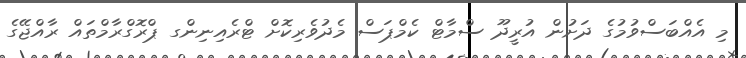
މި އެއްބަސްވުމުގެ ދަށުން އުރީދޫ ސްމާޓް ކެމްޕަސް މެދުވެރިކޮށް ޓްރެއިނިންގ ޕްރޮގްރާމްތައް ރާއްޖޭގެ